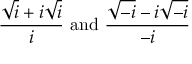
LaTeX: { \frac { { \sqrt { i } } + i { \sqrt { i } } } { i } } { \mathrm { ~ a n d ~ } } { \frac { { \sqrt { - i } } - i { \sqrt { - i } } } { - i } }